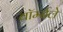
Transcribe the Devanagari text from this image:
वॉर्म्सले